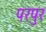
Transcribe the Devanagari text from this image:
परपुर